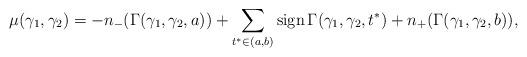
LaTeX: \begin{align*}\mu(\gamma_1,\gamma_2)=-n_-(\Gamma(\gamma_1,\gamma_2,a))+\sum\limits_{t^*\in(a,b)}\mathrm{sign}\,\Gamma(\gamma_1,\gamma_2,t^*)+n_+(\Gamma(\gamma_1,\gamma_2,b)),\end{align*}